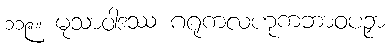
၁၁၉။ မုသာဝါဒဿ ဂရုကလဟုကဘာဝပဉှာ